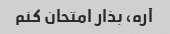
آره، بذار امتحان کنم